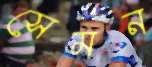
সেমন